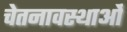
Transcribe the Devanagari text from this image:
चेतनावस्थाओं